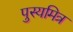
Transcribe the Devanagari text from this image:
पुस्यमित्र